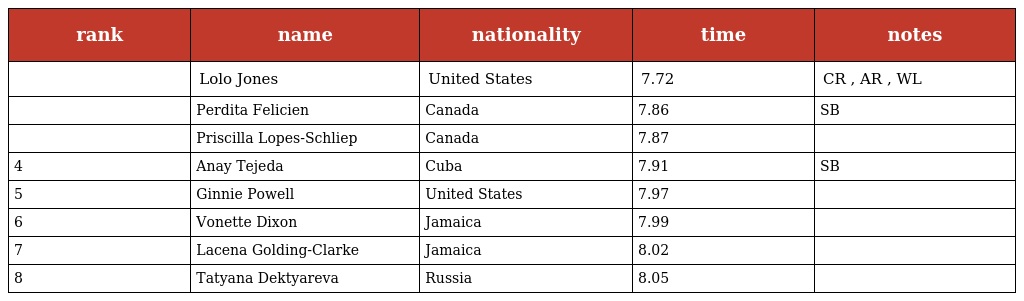
| rank | name | nationality | time | notes |
 | --- | --- | --- | --- | --- |
 |  | Lolo Jones | United States | 7.72 | CR , AR , WL |
 |  | Perdita Felicien | Canada | 7.86 | SB |
 |  | Priscilla Lopes-Schliep | Canada | 7.87 |  |
 | 4 | Anay Tejeda | Cuba | 7.91 | SB |
 | 5 | Ginnie Powell | United States | 7.97 |  |
 | 6 | Vonette Dixon | Jamaica | 7.99 |  |
 | 7 | Lacena Golding-Clarke | Jamaica | 8.02 |  |
 | 8 | Tatyana Dektyareva | Russia | 8.05 |  |